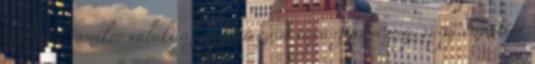
működik, amikor valaki az együttérzést tapasztalja meg, vagy empátiát